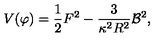
V ( \varphi ) = \frac { 1 } { 2 } F ^ { 2 } - \frac { 3 } { \kappa ^ { 2 } R ^ { 2 } } { \cal B } ^ { 2 } ,